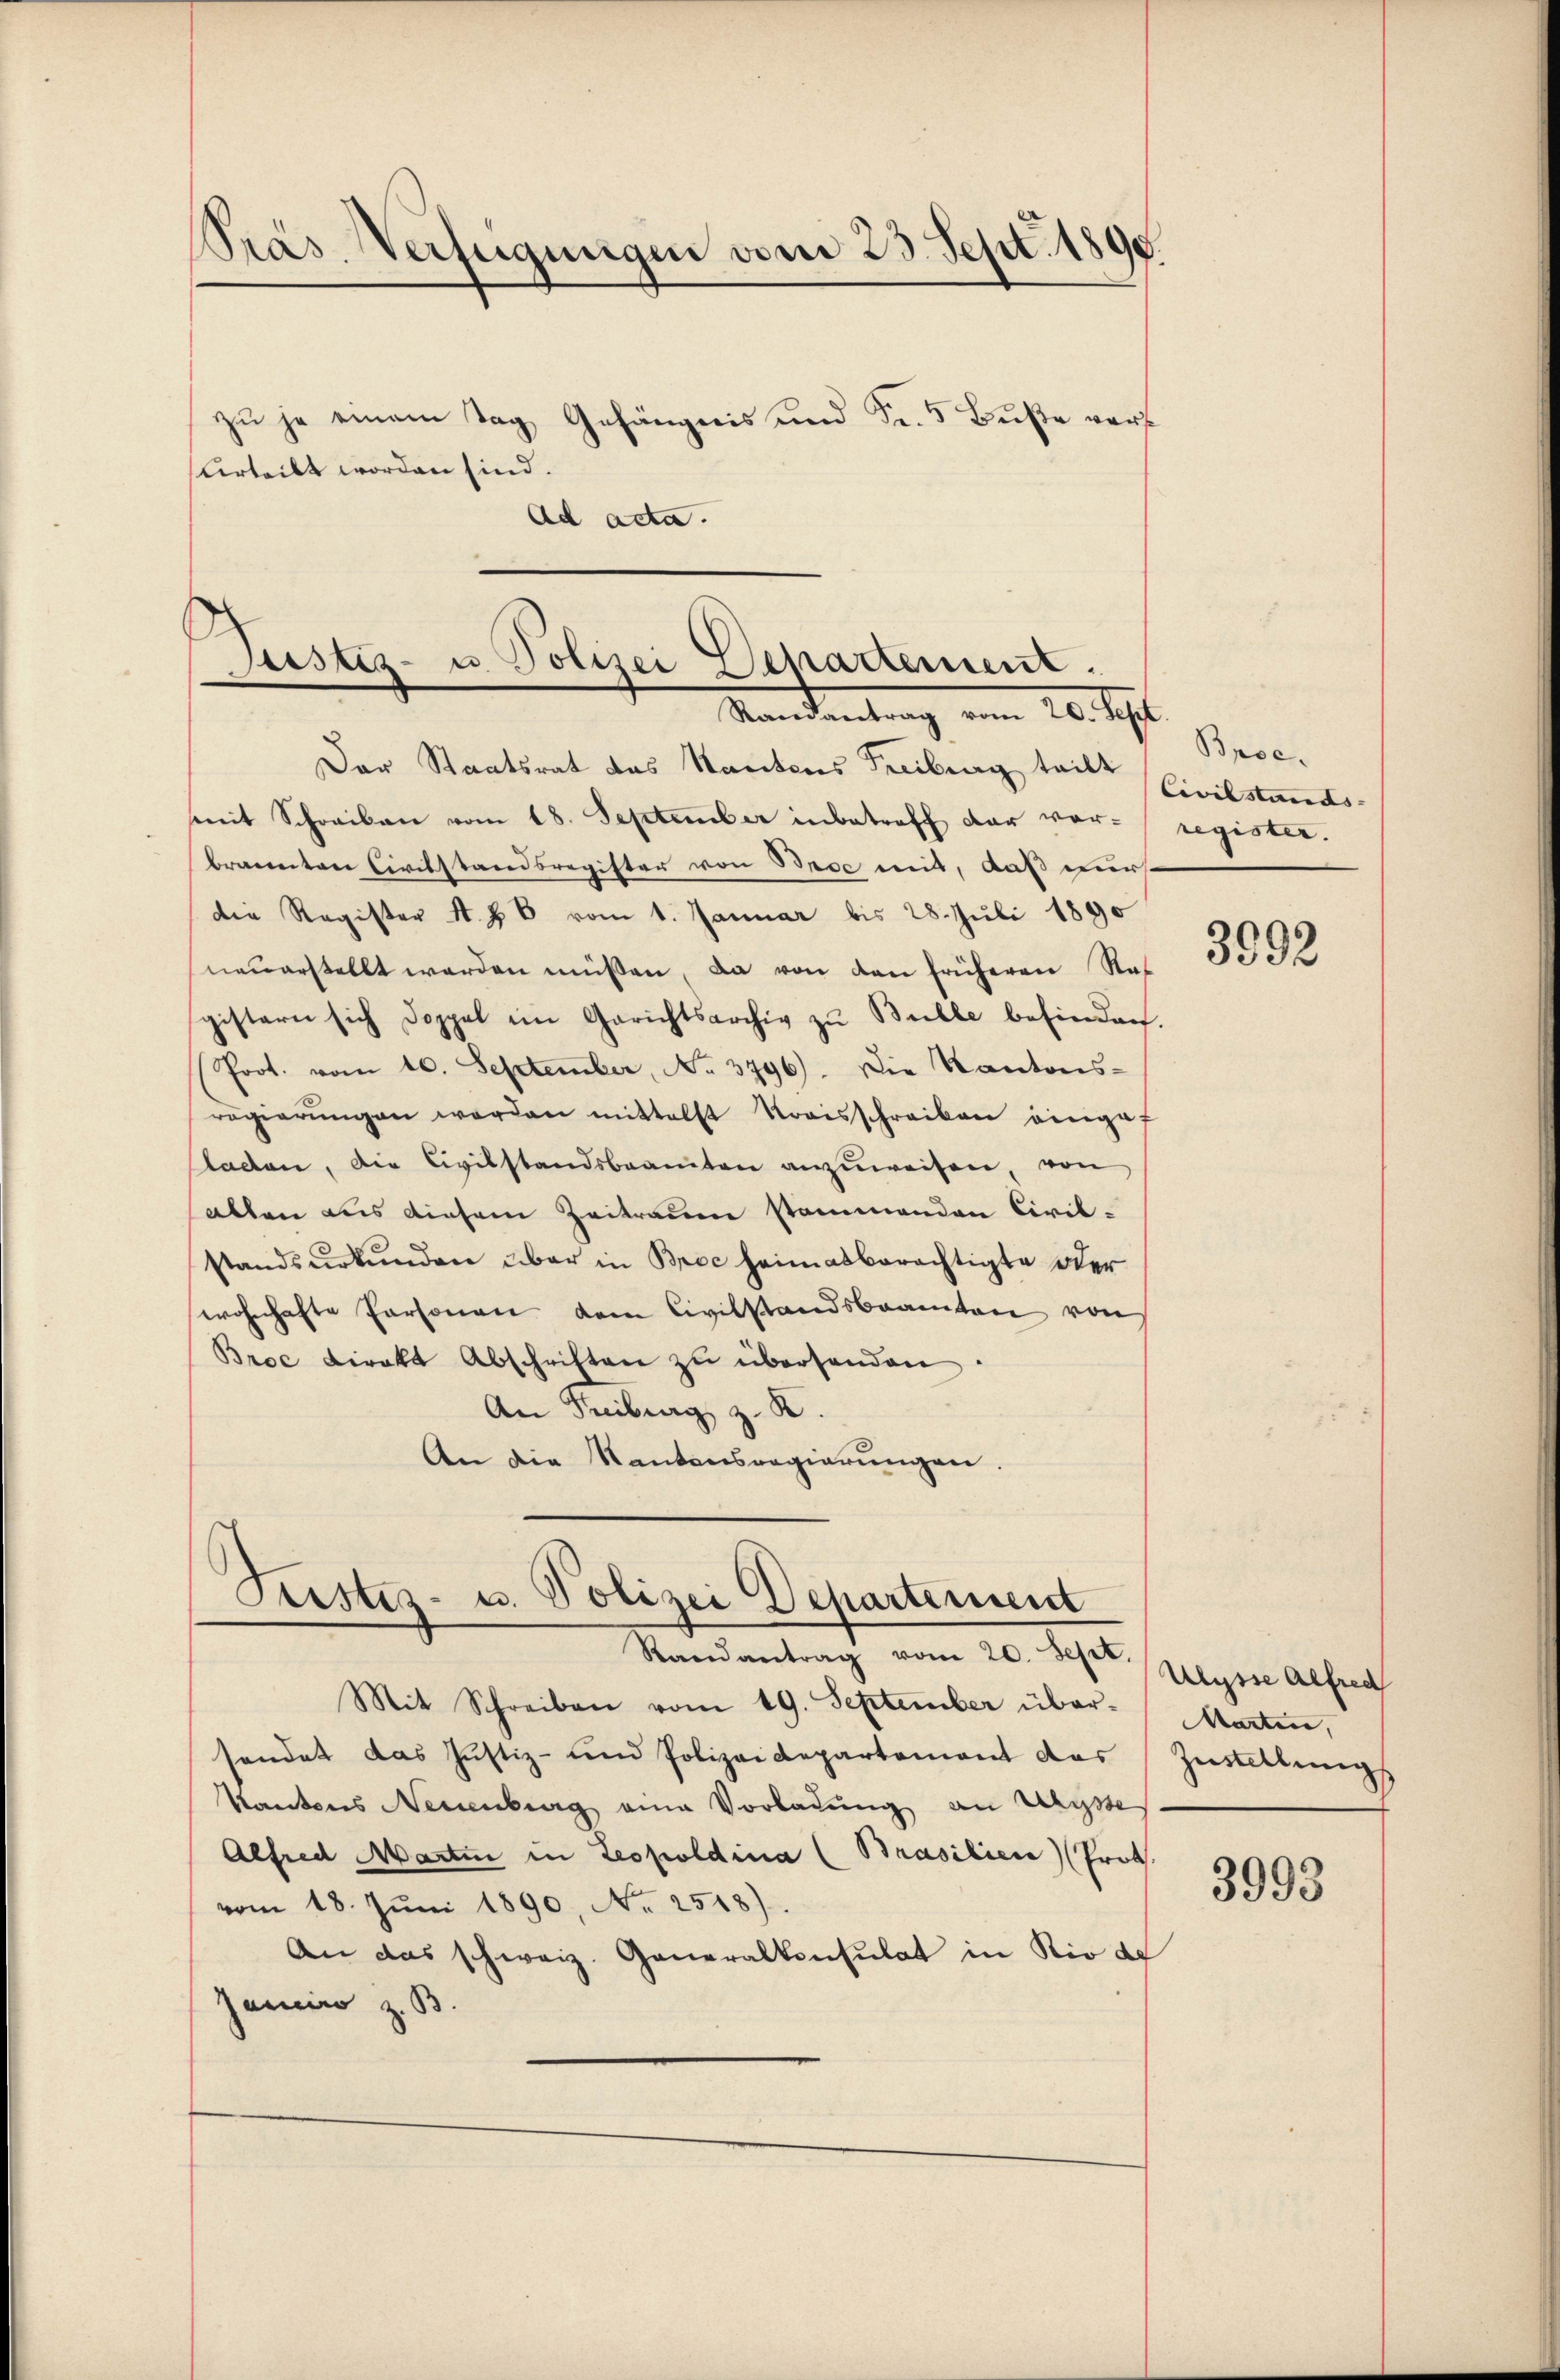
Pras Verfügungen vom 23. Sept. 1890.
zu je einem Tag Gefängnis und Fr. 5 Buße vor¬
Urteilt worden sind.
Ad acta.

Justiz- u. Polizei Departement.
Mandantung vom 20. Sept.

Seestes- u. Polizei Departement
Randantrag vom 20. Sept. (Ulysse Alfred

Der Staatsrat des Kantons Freiburg teilt
mit Schreiben vom 18. September inbetreff der vorbrannten Civilstandsregister von Broc mit, daß wirst
die Register A. H. B. vom 1. Januar bis 28. Juli 1890
neŭerstellt werden müssen, da von den früheren Raf
gistern sich doppel im Gerichtsarchiv zu Bulle befinden.
Poot. vom 10. September, No. 3796). Die Kantons-
regierŭngen worden mittelst Kreisschreiben eingef
lacten, die Civilstandsbeamten anzŭweisen, von
allen aus diesem Zeitrauen stammenden Civilstandsurkunden über in Broc heimatberechtigte oder
wohnhafte Personen dem Civilstandsbeamten von
Broc direkt Abschriften zŭ überhanden.
An Freiburg z. B.
An die Kantonsregierungen.

Mit Schreiben vom 19. September über-
sendet das Justiz- und Polizeidepartement das Zustellungs
Kantons Neuenburg eine Vorladung an Mayse
Alfred Martin in Leopoldina (Brasilien (Prot.
vom 18. Jŭni 1890, No 2518).
An das schweiz. Generalkonsulat in Rio de
Janeiro z. B.

Broc.
Civilstands-
register.

3992

Marten,

3993